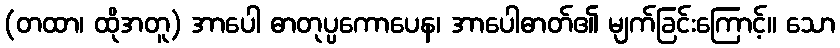
(တထာ၊ ထိုအတူ) အာပေါ ဓာတုပ္ပကောပေန၊ အာပေါဓာတ်၏ မျက်ခြင်းကြောင့်။ သော